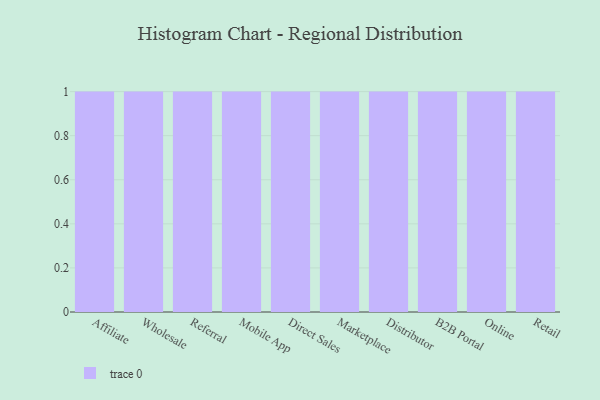
{"axis": {"x": "Channel", "y": "Demand Index"}, "legend": [""], "data": [{"x": "Affiliate", "y": 89, "type": ""}, {"x": "Wholesale", "y": 78, "type": ""}, {"x": "Referral", "y": 85, "type": ""}, {"x": "Mobile App", "y": 62, "type": ""}, {"x": "Direct Sales", "y": 24, "type": ""}, {"x": "Marketplace", "y": 2, "type": ""}, {"x": "Distributor", "y": 68, "type": ""}, {"x": "B2B Portal", "y": 23, "type": ""}, {"x": "Online", "y": 88, "type": ""}, {"x": "Retail", "y": 9, "type": ""}]}